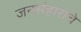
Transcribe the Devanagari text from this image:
जनसंहाराचे